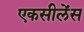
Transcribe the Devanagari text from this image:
एकसीलेंस